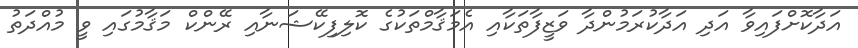
އަދާކޮށްފައިވާ އަދި އަދާކުރަމުންދާ ވަޒީފާތަކާއި އެމަޤާމްތަކުގެ ކޮލިފިކޭޝަނާއި ރޭންކް މަޤާމުގައި ވީ މުއްދަތު